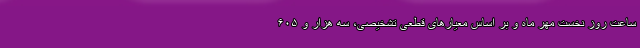
ساعت روز نخست مهر ماه و بر اساس معیارهای قطعی تشخیصی، سه هزار و ۶۰۵